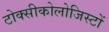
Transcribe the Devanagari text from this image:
टोक्सीकोलोजिस्टों